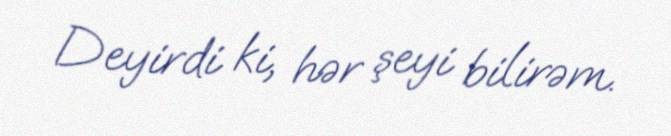
Deyirdi ki, hər şeyi bilirəm.